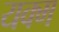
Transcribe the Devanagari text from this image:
यक्म